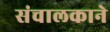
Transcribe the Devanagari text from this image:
संचालकाने